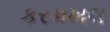
કરમખલ